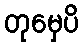
တုမှေပိ